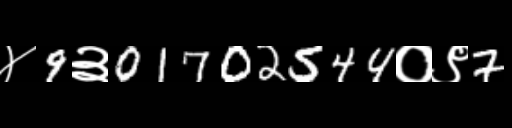
Text: ४9३01702544०९7